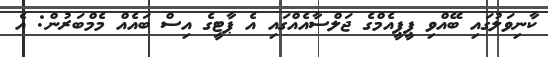
ކާނިވަލުގައި ބޭއްވި ޕީޕީއެމްގެ ޖަލްސާއެއްގައި އެ ޕާޓީގެ އިސް ބައެއް މެމްބަރުން: އެ